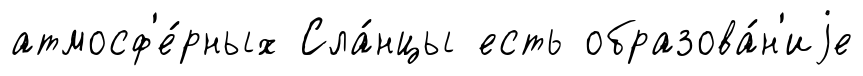
атмосф'е́рных Сла́нцы есть образова́н'иjе